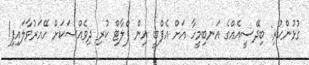
ގުޅުންހުރި: ބިދޭސީއެއްގެ އަނބިމީހާ އަށް އެފްބީ އިން ފްލާޓް ކުރި ދިވެއްސަކަށް ހޭއަރުވާލައިފި!